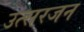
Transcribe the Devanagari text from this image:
उत्सरजन